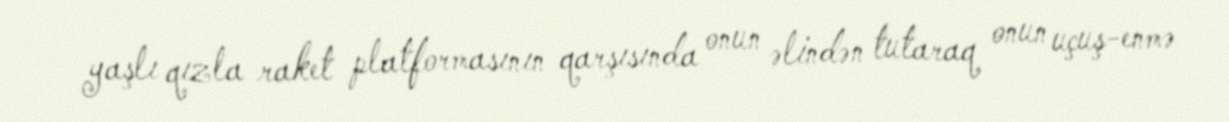
yaşlı qızla raket platformasının qarşısında onun əlindən tutaraq onun uçuş-enmə